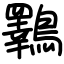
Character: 鸅